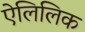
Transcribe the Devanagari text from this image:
ऐलिलिक